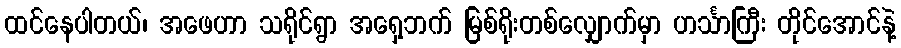
ထင်နေပါတယ်၊ အဖေဟာ သရိုင်ရွာ အရှေ့ဘက် မြစ်ရိုးတစ်လျှောက်မှာ ဟင်္သာကြီး တိုင်အောင်နဲ့